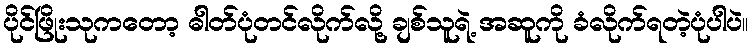
ပိုင်ဖြိုးသုကတော့ ဓါတ်ပုံတင်လိုက်လို့ ချစ်သူရဲ့ အဆူကို ခံလိုက်ရတဲ့ပုံပါပဲ။